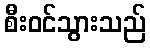
စီးဝင်သွားသည်